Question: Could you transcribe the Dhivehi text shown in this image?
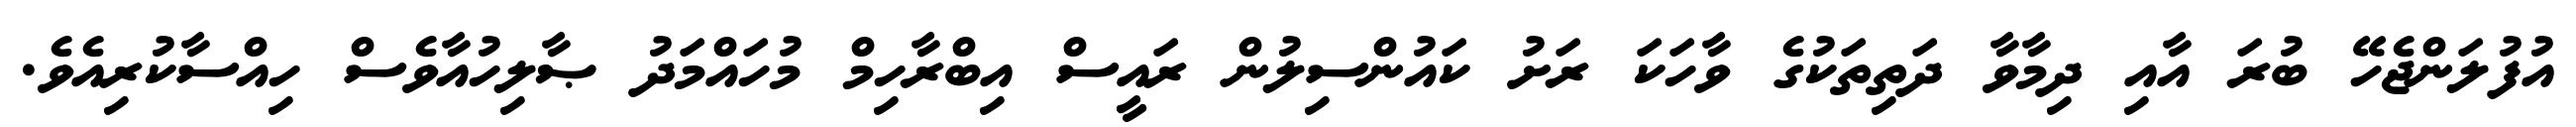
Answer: އުފުލަންޖެހޭ ބުރަ އާއި ދިމާވާ ދަތިތަކުގެ ވާހަކަ ރަށު ކައުންސިލުން ރައީސް އިބްރާހިމް މުހައްމަދު ޞާލިހުއާވެސް ހިއްސާކުރިއެވެ.